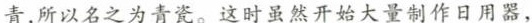
青,所以名之为青瓷。这时虽然开始大量制作日用器，